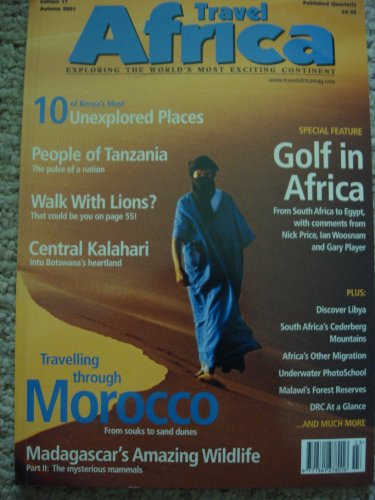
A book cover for Travel Africa Autumn 2001 - Tanzania - Lions - Kalahari - Cederberg - Malawi - Golf; Travel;